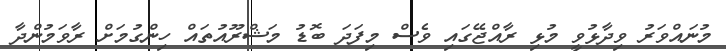
މުނައްވަރު ވިދާޅުވީ މުޅި ރާއްޖޭގައި ވެސް މިފަދަ ބޮޑު މަޝްރޫއުތައް ހިންގުމަށް ރާވަމުންދާ